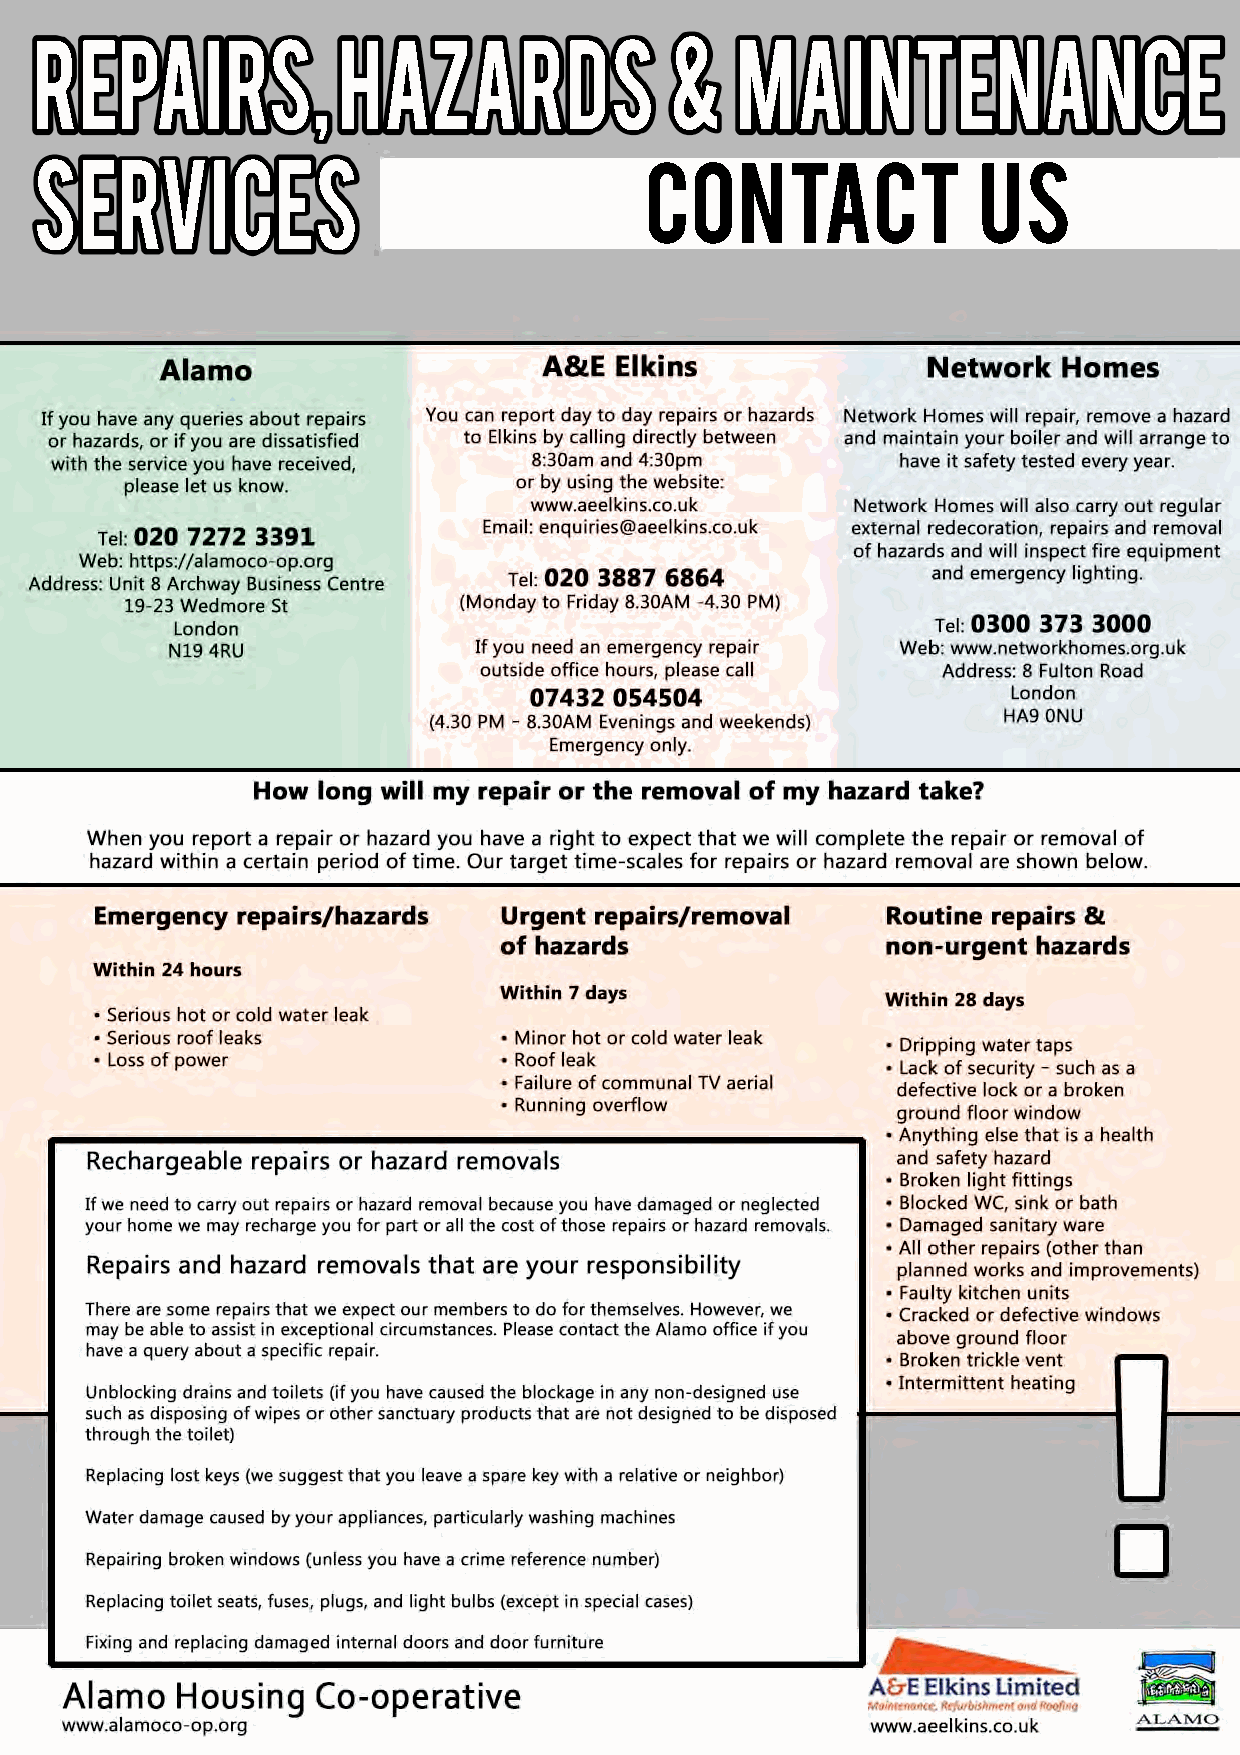
REPAIRS,            HAZARDS               &    MAINTENANCE
 SERVICES                                 CONTACT               US